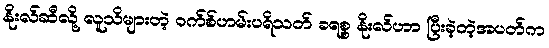
နိုးလ်ဆီလို့ လူသိများတဲ့ ဝက်စ်ဟမ်းပရိသတ် ခရစ္စ နိုးလ်ဟာ ပြီးခဲ့တဲ့အပတ်က